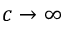
c \rightarrow \infty